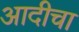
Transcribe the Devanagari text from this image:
आदीचा